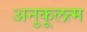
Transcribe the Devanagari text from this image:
अनुकूलत्म